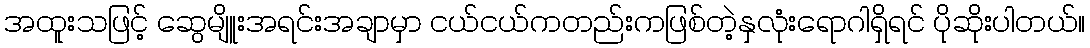
အထူးသဖြင့် ဆွေမျိူးအရင်းအချာမှာ ငယ်ငယ်ကတည်းကဖြစ်တဲ့နှလုံးရောဂါရှိရင် ပိုဆိုးပါတယ်။